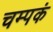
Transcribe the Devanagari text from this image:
चम्पकं